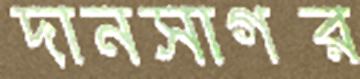
দানসাগর